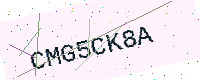
Text: CMG5CK8A